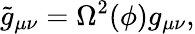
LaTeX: \tilde{g}_{\mu\nu}=\Omega^{2}(\phi)g_{\mu\nu},